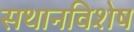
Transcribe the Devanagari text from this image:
सथानविशेष